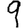
Digit: 9